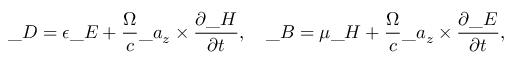
\_ D = \epsilon \_ E + { \frac { \Omega } { c } } \_ a _ { z } \times \frac { \partial \_ H } { \partial t } , \quad \_ B = \mu \_ H + { \frac { \Omega } { c } } \_ a _ { z } \times \frac { \partial \_ E } { \partial t } ,